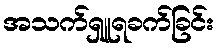
အသက်ရှူရခက်ခြင်း